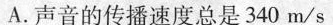
A.声音的传播速度总是340m/s